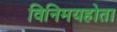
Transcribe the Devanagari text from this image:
विनिमयहोता